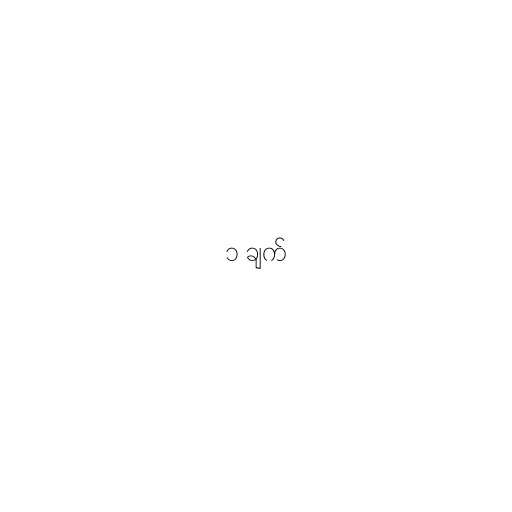
၁ ချက်